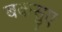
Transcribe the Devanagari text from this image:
बकसुए